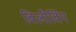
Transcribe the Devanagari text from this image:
बिलीविंग